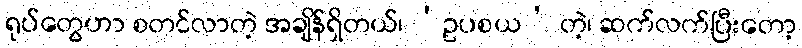
ရုပ်တွေဟာ စတင်လာတဲ့ အချိန်ရှိတယ်၊ ‘ဥပစယ’ တဲ့၊ ဆက်လက်ပြီးတော့